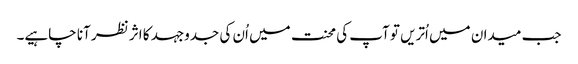
جب میدان میں اُتریں تو آپ کی محنت میں اُن کی جدوجہد کا اثر نظر آنا چاہیے۔